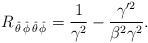
\begin{align*}R_{\,\hat{\theta}\,\hat{\phi}\,\hat{\theta}\,\hat{\phi}}={1\over\gamma^2}-\frac{\gamma'^2}{\beta^2\gamma^2}.\end{align*}